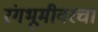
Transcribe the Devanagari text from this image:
रंगभूमीवरचा